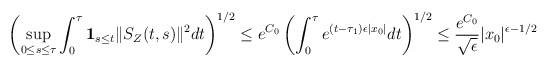
\begin{align*}\begin{aligned}\left(\sup_{0 \le s \le \tau}\int_0^\tau \mathbf{1}_{s\le t} \|S_{Z}(t,s)\|^2 dt \right)^{1/2} \le e^{C_0} \left(\int_0^{\tau} e^{(t-\tau_1) \epsilon |x_0|}dt\right)^{1/2} \le \frac{e^{C_0}}{\sqrt{\epsilon}} |x_0|^{\epsilon - 1/2}\end{aligned}\end{align*}